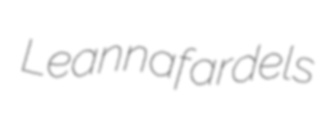
Leanna fardels